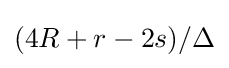
{\textstyle (4R+r-2s)/\Delta }